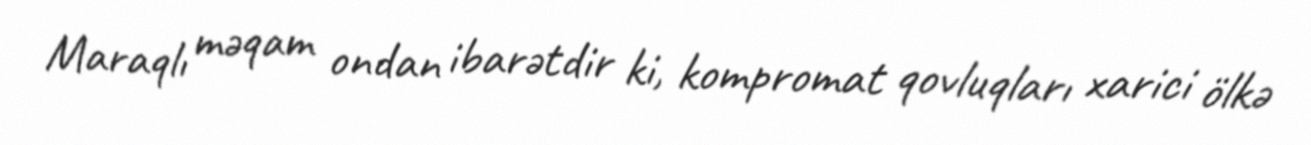
Maraqlı məqam ondan ibarətdir ki, kompromat qovluqları xarici ölkə